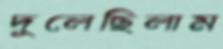
দুলেছিলাম